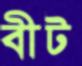
বীট